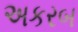
અકરબ